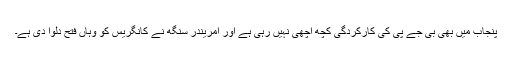
پنجاب میں بھی بی جے پی کی کارکردگی کچھ اچھی نہیں رہی ہے اور امریندر سنگھ نے کانگریس کو وہاں فتح دلوا دی ہے۔